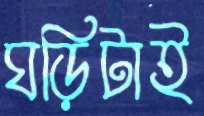
ঘড়িটাই